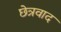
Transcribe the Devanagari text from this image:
छेत्रवाद